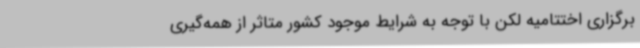
برگزاری اختتامیه لکن با توجه به شرایط موجود کشور متاثر از همه‌گیری